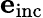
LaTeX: \mathbf{e}_{\mathrm{inc}}